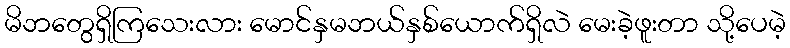
မိဘတွေရှိကြသေးလား မောင်နှမဘယ်နှစ်ယောက်ရှိလဲ မေးခဲ့ဖူးတာ သို့ပေမဲ့